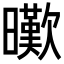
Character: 𣋸